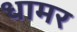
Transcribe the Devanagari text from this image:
धामर